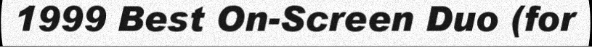
1999 Best On-Screen Duo (for